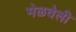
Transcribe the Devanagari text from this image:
मेळवेली